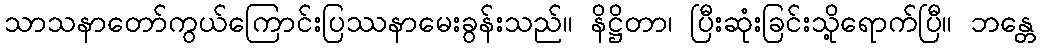
သာသနာတော်ကွယ်ကြောင်းပြဿနာမေးခွန်းသည်။ နိဋ္ဌိတာ၊ ပြီးဆုံးခြင်းသို့ရောက်ပြီ။ ဘန္တေ